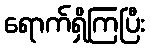
ရောက်ရှိကြပြီး